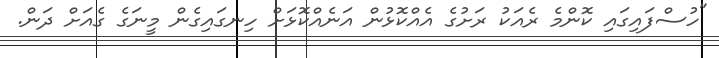
"ހުސްފައިގައި ކޮންމެ ރެއަކު ރަށުގެ އެއްކޮޅުން އަނެއްކޮޅަށް ހިނގައިގެން މީނަގެ ގެއަށް ދަން.